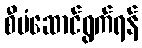
စီမံဆောင်ရွက်ရန်